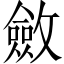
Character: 斂